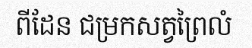
ពីដែន ជម្រកសត្វព្រៃលំ